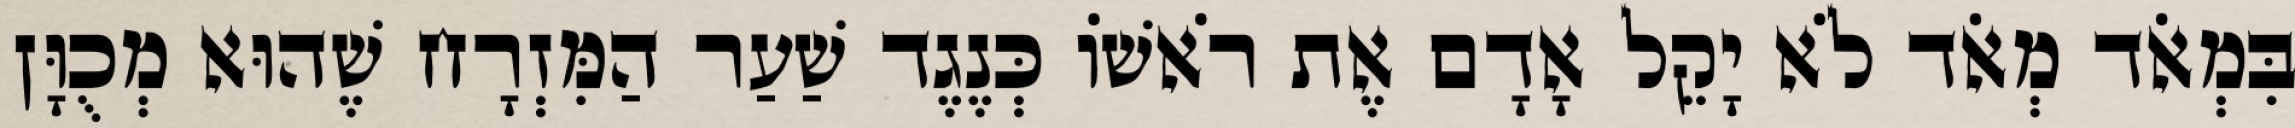
בִּמְאֹד מְאֹד לֹא יָקֵל אָדָם אֶת רֹאשׁוֹ כְּנֶגֶד שַׁעַר הַמִּזְרָח שֶׁהוּא מְכֻוָּן